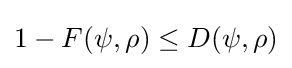
1-F(\psi ,\rho )\leq D(\psi ,\rho )